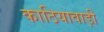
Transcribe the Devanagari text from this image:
काठियावाड़ी